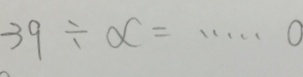
3 9 \div x = \cdots 0